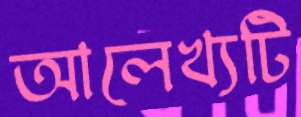
আলেখ্যটি